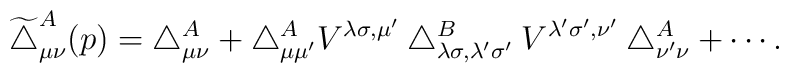
\widetilde{\bigtriangleup}^{A}_{\mu \nu}(p)= \bigtriangleup^{A}_{\mu \nu}+ \bigtriangleup^{A}_{\mu \mu'}V^{\lambda \sigma, \mu'} \bigtriangleup^{B}_{\lambda \sigma, \lambda' \sigma'} V^{\lambda' \sigma', \nu'} \bigtriangleup^{A}_{\nu' \nu} + \cdots .